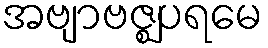
အဗျာဗဇ္ဈပရမေ